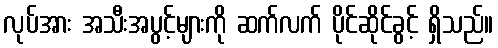
လုပ်အား အသီးအပွင့်များကို ဆက်လက် ပိုင်ဆိုင်ခွင့် ရှိသည်။